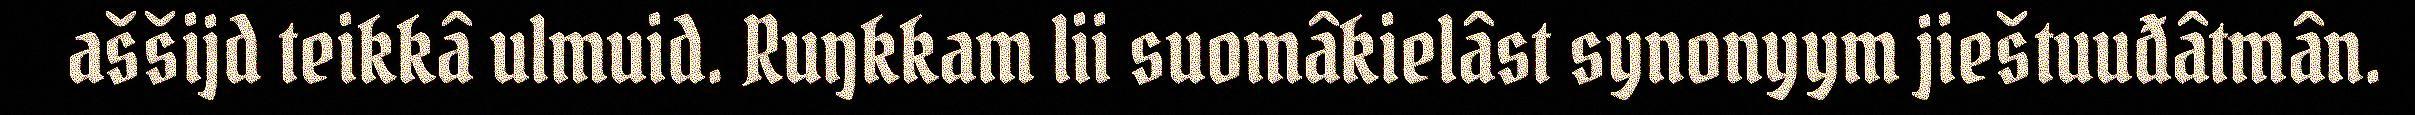
aššijd teikkâ ulmuid. Ruŋkkam lii suomâkielâst synonyym jieštuuđâtmân.